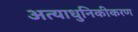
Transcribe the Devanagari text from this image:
अत्याधुनिकीकरण